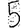
Digit: 5